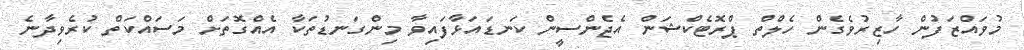
މުވައްޒަފުން ހާޒިރުވެގެން ހެލްތް ޕްރޮޓެކްޝަން އެޖެންސީން ކަނޑައަޅާފައިވާ މިންގަނޑުތަކާ އެއްގޮތަށް މަސައްކަތް ކުރެވިދާނެ